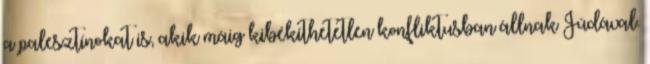
a palesztínokat is, akik máig kibékíthetetlen konfliktusban állnak Júdával.